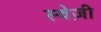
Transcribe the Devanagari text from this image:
स्वेज़ी